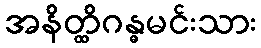
အနိတ္ထိဂန္ဓမင်းသား